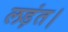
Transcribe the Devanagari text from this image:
लड़ंत।